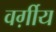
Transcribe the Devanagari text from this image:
वर्ग़ीय